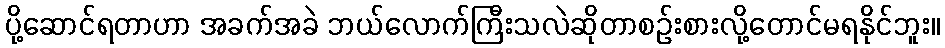
ပို့ဆောင်ရတာဟာ အခက်အခဲ ဘယ်လောက်ကြီးသလဲဆိုတာစဉ်းစားလို့တောင်မရနိုင်ဘူး။